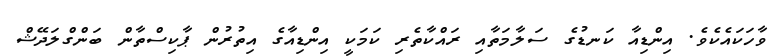
ވާހަކައެކެވެ. އިންޑިއާ ކަނޑުގެ ސަލާމަތާއި ރައްކާތެރި ކަމަކީ އިންޑިއާގެ އިތުރުން ޕާކިސްތާން ބަންގްލަދޭޝް